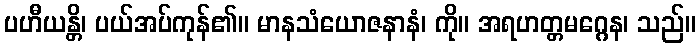
ပဟီယန္တိ၊ ပယ်အပ်ကုန်၏။ မာနသံယောဇနာနံ၊ ကို။ အရဟတ္တမဂ္ဂေန၊ သည်။